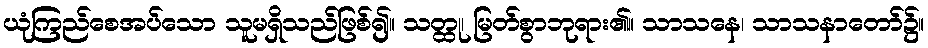
ယုံကြည်စေအပ်သော သူမရှိသည်ဖြစ်၍။ သတ္ထု၊ မြတ်စွာဘုရား၏။ သာသနေ၊ သာသနာတော်၌။